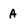
Character: a